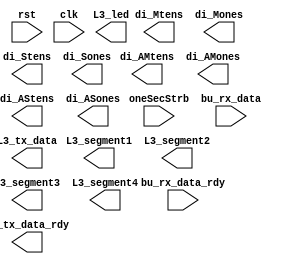
// >>>>>>>>>>>>>>>>>>>>>>>>> COPYRIGHT NOTICE <<<<<<<<<<<<<<<<<<<<<<<<<
// --------------------------------------------------------------------
// Copyright (c) 2019 by UCSD CSE 140L
// --------------------------------------------------------------------
//
// Permission:
//
//   This code for use in UCSD CSE 140L.
//   It is synthesisable for Lattice iCEstick 40HX.  
//
// Disclaimer:
//
//   This Verilog source code is intended as a design reference
//   which illustrates how these types of functions can be implemented.
//   It is the user's responsibility to verify their design for
//   consistency and functionality through the use of formal
//   verification methods.  
//
// -------------------------------------------------------------------- //           
//                     UCSD CSE Department
//                     9500 Gilman Dr, La Jolla, CA 92093
//                     U.S.A
//
// --------------------------------------------------------------------

module Lab3_140L (
		  input wire 	    rst, // reset signal (active high)
		  input wire 	    clk, // global clock
		  input wire oneSecStrb,  	    
		  input 	    bu_rx_data_rdy, // data from the uart ready
		  input [7:0] 	    bu_rx_data, // data from the uart
		  output wire 	    L3_tx_data_rdy, // data to the alarm display
		  output wire [7:0] L3_tx_data,     // data to the alarm display
		  output [4:0] 	    L3_led,
		  output reg [6:0] 	    L3_segment1, // 1's seconds
		  output reg [6:0] 	    L3_segment2, // 10's seconds
		  output reg [6:0] 	    L3_segment3, // 1's minutes
		  output reg [6:0] 	    L3_segment4, // 10's minutes

		  output [3:0] 	    di_Mtens,
		  output [3:0] 	    di_Mones,
		  output [3:0] 	    di_Stens,
		  output wire [3:0] di_Sones,
		  output [3:0] 	    di_AMtens,
		  output [3:0] 	    di_AMones,
		  output [3:0] 	    di_AStens,
		  output [3:0] 	    di_ASones
		  );




endmodule // Lab3_140L



//
//
// sample interface for clock datpath
//
module didp (
	     output [3:0] di_Mtens, // current 10's minutes
	     output [3:0] di_Mones, // current 1's minutes
	     output [3:0] di_Stens, // current 10's second
	     output [3:0] di_Sones, // current 1's second

	     output [3:0] di_AMtens, // current alarm 10's minutes
	     output [3:0] di_AMones, // current alarm 1's minutes
	     output [3:0] di_AStens, // current alarm 10's second
	     output [3:0] di_ASones, // current alarm 1's second

	     output wire  did_alarmMatch, // one cydie alarm match (raw signal, unqualified)

	     output [4:0] L3_led,

	     input [7:0]  bu_rx_data,
	     input 	  dicLdMtens, // load 10's minute
	     input 	  dicLdMones, // load 1's minute
	     input 	  dicLdStens, // load 10's second
	     input 	  dicLdSones, // load 1's second
	     
	     input 	  dicLdAMtens, // load alarm 10's minute
	     input 	  dicLdAMones, // load alarm 1's minute
	     input 	  dicLdAStens, // load alarm 10's second
	     input 	  dicLdASones, // load alarm 1's second
	     input 	  dicRun, //clock should run 	  
	     input 	  oneSecStrb, // one cycle strobe
	     input 	  rst,
	     input 	  clk 	  
	     );
   
endmodule




//
//
// sample interface for clock control
//
module dictrl(
	      output 	  dicLdMtens, // load the 10's minutes
	      output 	  dicLdMones, // load the 1's minutes
	      output 	  dicLdStens, // load the 10's seconds
	      output 	  dicLdSones, // load the 1's seconds
	      output 	  dicLdAMtens, // load the alarm 10's minutes
	      output 	  dicLdAMones, // load the alarm 1's minutes
	      output 	  dicLdAStens, // load the alarm 10's seconds
	      output 	  dicLdASones, // load the alarm 1's seconds
	      output 	  dicRun, // clock should run

	      output wire dicAlarmIdle, // alarm is off
	      output wire dicAlarmArmed, // alarm is armed
	      output wire dicAlarmTrig, // alarm is triggered

	      input       did_alarmMatch, // raw alarm match

              input 	  bu_rx_data_rdy, // new data from uart rdy
              input [7:0] bu_rx_data, // new data from uart
              input 	  rst,
	      input 	  clk
	      );
   
endmodule